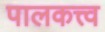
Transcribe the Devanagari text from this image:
पालकत्त्व